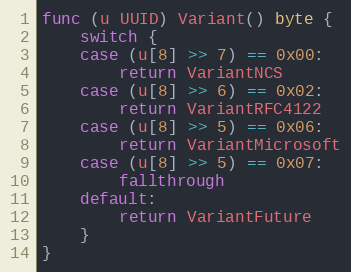
Language: Go
func (u UUID) Variant() byte {
	switch {
	case (u[8] >> 7) == 0x00:
		return VariantNCS
	case (u[8] >> 6) == 0x02:
		return VariantRFC4122
	case (u[8] >> 5) == 0x06:
		return VariantMicrosoft
	case (u[8] >> 5) == 0x07:
		fallthrough
	default:
		return VariantFuture
	}
}